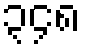
၃၄၈